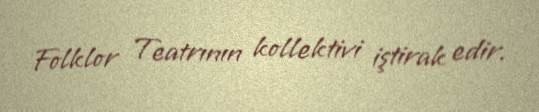
Folklor Teatrının kollektivi iştirak edir.